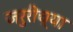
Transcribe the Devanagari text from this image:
जरुरीच्या